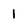
Character: l